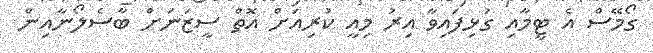
ގޯމޭސް އެ ޓީމާއި ގުޅިފައިވާ އިރު މިއީ ކުރިއަށް އޮތް ސީޒަނަށް ބާސެލޯނާއިން